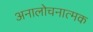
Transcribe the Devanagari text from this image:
अनालोचनात्मक